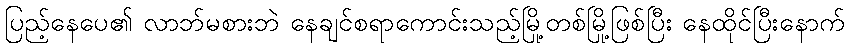
ပြည့်နေပေ၏ လာဘ်မစားဘဲ နေချင်စရာကောင်းသည့်မြို့တစ်မြို့ဖြစ်ပြီး နေထိုင်ပြီးနောက်